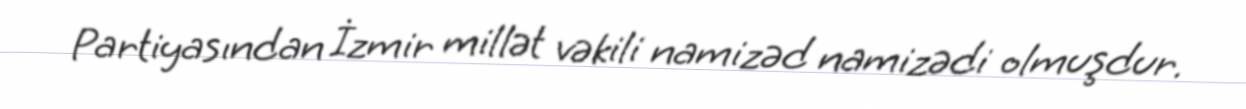
Partiyasından İzmir millət vəkili namizəd namizədi olmuşdur.